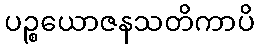
ပဉ္စယောဇနသတိကာပိ